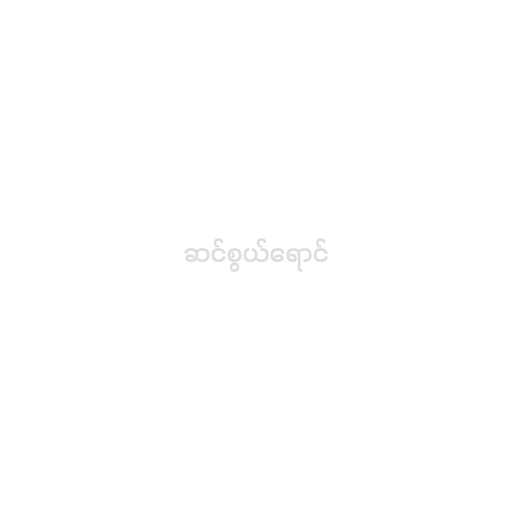
ဆင်စွယ်ရောင်